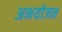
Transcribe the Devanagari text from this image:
अभयोजन